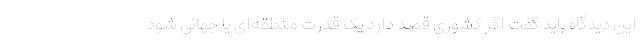
این دیدگاه باید گفت اگر کشوری قصد دارد یک قدرت منطقه‌ای یا جهانی شود